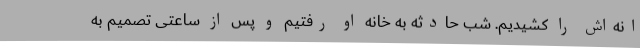
انه‌اش را کشیدیم. شب حادثه به خانه او رفتیم و پس از ساعتی تصمیم به